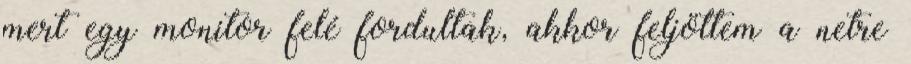
mert egy monitor felé fordultak, akkor feljöttem a netre